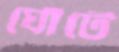
ঘোঁটে